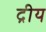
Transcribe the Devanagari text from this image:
द्रीय